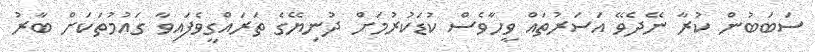
ސަބަބުން ކުރާ ނޭދެވޭ އަސަރުތައް ވީހާވެސް ކުޑަކުރުމަށް ދުނިޔޭގެ ތަރައްގީވެފައިވާ ގައުމުތަކަށް ބާރު